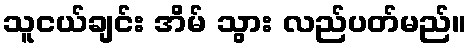
သူငယ်ချင်း အိမ် သွား လည်ပတ်မည်။